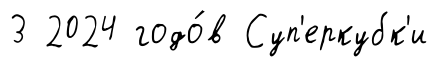
3 2024 годо́в Суп'еркубк'и